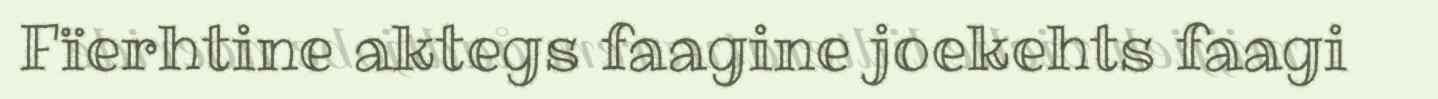
Fïerhtine aktegs faagine joekehts faagi